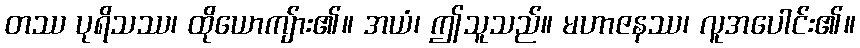
တဿ ပုရိသဿ၊ ထိုယောကျ်ား၏။ အယံ၊ ဤသူသည်။ မဟာဇနဿ၊ လူအပေါင်း၏။